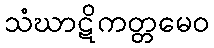
သံဃာဋိကတ္တမေဝ